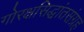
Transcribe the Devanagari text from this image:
गोरक्षसिद्धांतसंग्रह